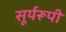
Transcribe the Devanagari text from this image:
सूर्यरूपी